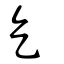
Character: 乞